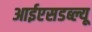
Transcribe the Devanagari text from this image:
आईएसडब्ल्यू